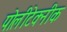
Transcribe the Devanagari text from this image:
पोलीटेक्नीक